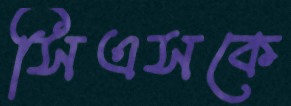
সিএসকে